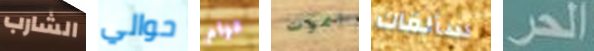
الشارب حوالي قوام اموت سألقاك الحر